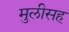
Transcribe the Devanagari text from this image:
मुलीसह